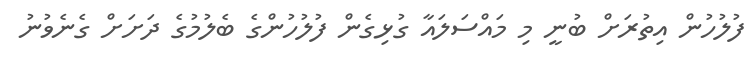
ފުލުހުން އިތުރަށް ބުނީ މި މައްސަލައާ ގުޅިގެން ފުލުހުންގެ ބެލުމުގެ ދަށަށް ގެނެވުނު